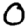
Digit: 0